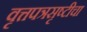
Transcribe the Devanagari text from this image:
वृत्तपत्रसृष्टीचा